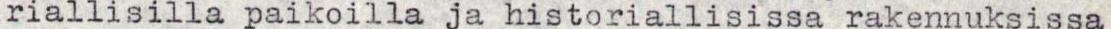
riallisilla paikoilla ja historiallisissa rakennuksissa